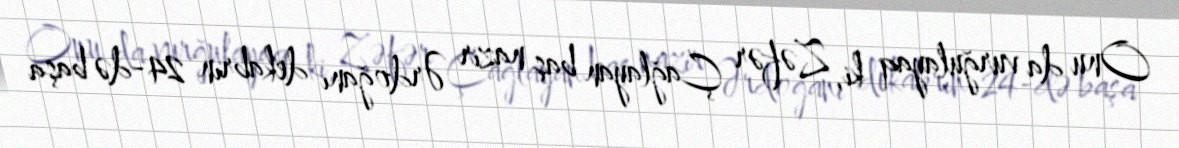
Onu da vurğulayaq ki, Zəfər Çağlayan baş nazir Ərdoğanı dekabrın 24-də başa